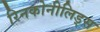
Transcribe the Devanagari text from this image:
रिनकोनीलिड्स